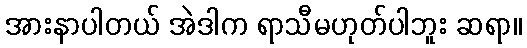
အားနာပါတယ် အဲဒါက ရာသီမဟုတ်ပါဘူး ဆရာ။